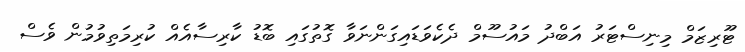
ޓޫރިޒަމް މިނިސްޓަރު އަބްދު މައުސޫމް ދެކެވަޑައިގަންނަވާ ގޮތުގައި ބޮޑު ކާރިސާއެއް ކުރިމަތިވުމުން ވެސް